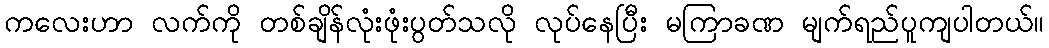
ကလေးဟာ လက်ကို တစ်ချိန်လုံးဖုံးပွတ်သလို လုပ်နေပြီး မကြာခဏ မျက်ရည်ပူကျပါတယ်။